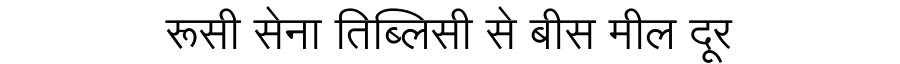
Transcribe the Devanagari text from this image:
रूसी सेना तिब्लिसी से बीस मील दूर